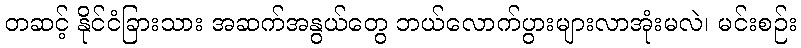
တဆင့် နိုင်ငံခြားသား အဆက်အနွယ်တွေ ဘယ်လောက်ပွားများလာအုံးမလဲ၊ မင်းစဉ်း